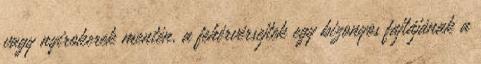
vagy nyirokerek mentén, a fehérvérsejtek egy bizonyos fajtájának a